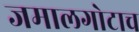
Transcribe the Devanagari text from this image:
जमालगोटाच